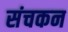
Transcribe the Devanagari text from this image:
संचकन